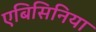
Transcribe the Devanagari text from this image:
एबिसिनिया